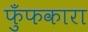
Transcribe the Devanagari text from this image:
फुँफकारा